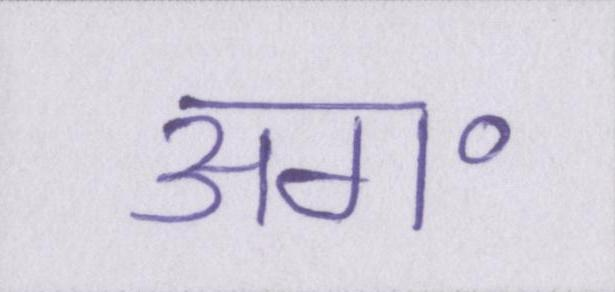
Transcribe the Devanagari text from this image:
अग॰